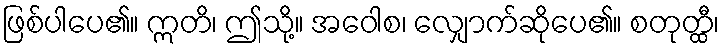
ဖြစ်ပါပေ၏။ ဣတိ၊ ဤသို့။ အဝေါစ၊ လျှောက်ဆိုပေ၏။ စတုတ္ထီ၊